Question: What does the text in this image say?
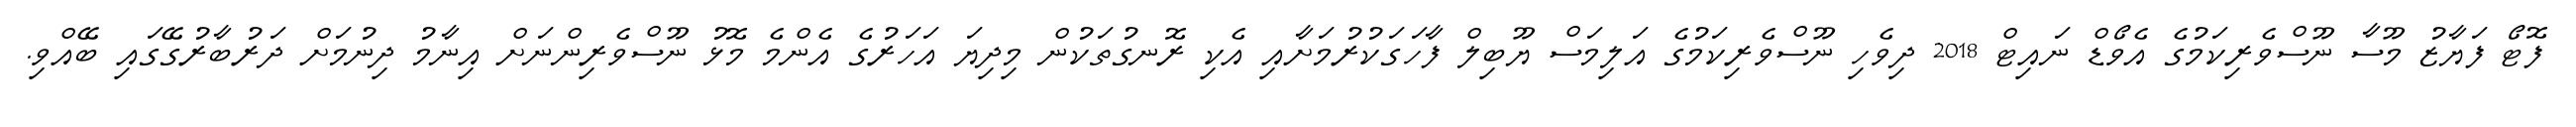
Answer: ފޮޓޯ ފަޔާޒު މޫސާ ނޫސްވެރިކަމުގެ އެވޯޑް ނައިޓް 2018 ދިވެހި ނޫސްވެރިކަމުގެ އަލިމަސް ޔޫބިލް ފާހަގަކުރުމަށާއި އެކި ރޮނގުތަކުން މިދިޔަ އަހަރުގެ އެންމެ މޮޅު ނޫސްވެރިންނަށް އިނާމު ދިނުމަށް ދަރުބާރުގޭގައި ބޭއްވި.